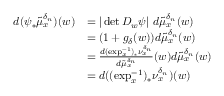
\begin{array} { r l } { d ( \psi _ { * } \tilde { \mu } _ { x } ^ { \delta _ { n } } ) ( w ) } & { = | \operatorname* { d e t } D _ { w } \psi | \ d \tilde { \mu } _ { x } ^ { \delta _ { n } } ( w ) } \\ & { = ( 1 + g _ { \delta } ( w ) ) d \tilde { \mu } _ { x } ^ { \delta _ { n } } ( w ) } \\ & { = \frac { d ( \exp _ { x } ^ { - 1 } ) _ { * } \nu _ { x } ^ { \delta _ { n } } } { d \tilde { \mu } _ { x } ^ { \delta _ { n } } } ( w ) d \tilde { \mu } _ { x } ^ { \delta _ { n } } ( w ) } \\ & { = d ( ( \exp _ { x } ^ { - 1 } ) _ { * } \nu _ { x } ^ { \delta _ { n } } ) ( w ) } \end{array}